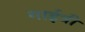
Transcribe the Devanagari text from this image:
गाईत्री